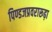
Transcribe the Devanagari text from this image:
पिण्डजप्रवरारूढ़ा